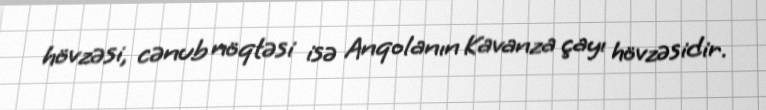
hövzəsi, cənub nöqtəsi isə Anqolanın Kavanza çayı hövzəsidir.